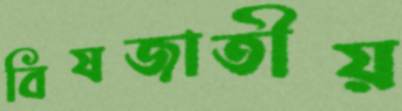
বিষজাতীয়